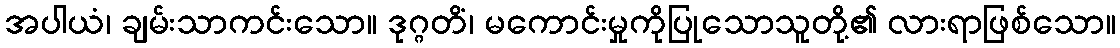
အပါယံ၊ ချမ်းသာကင်းသော။ ဒုဂ္ဂတိံ၊ မကောင်းမှုကိုပြုသောသူတို့၏ လားရာဖြစ်သော။